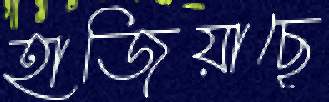
হাজিয়াছে